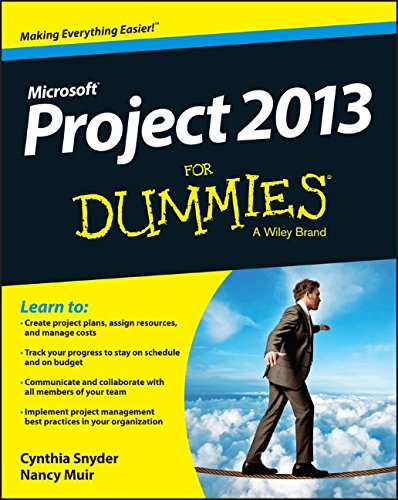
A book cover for Project 2013 For Dummies; Cynthia Snyder Stackpole; Computers & Technology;